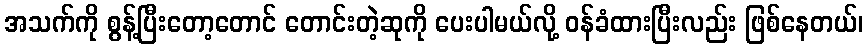
အသက်ကို စွန့်ပြီးတော့တောင် တောင်းတဲ့ဆုကို ပေးပါမယ်လို့ ဝန်ခံထားပြီးလည်း ဖြစ်နေတယ်၊